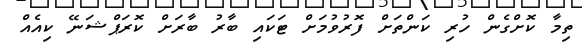
ތިމާ ކޮށްގެން ހުރި ކަންތަށް ފޮރުވުމަށް ޓަކައި ބާރު ބާރަށް ކޮރަޕްޝަނޭ ކިއެއް